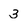
Character: 3